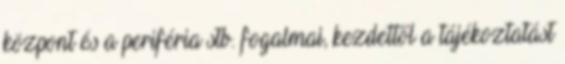
központ és a periféria stb. fogalmai, kezdettől a tájékoztatást